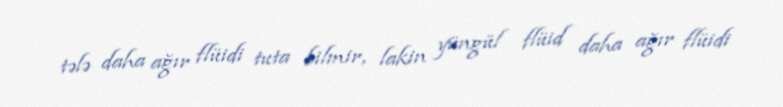
tələ daha ağır flüidi tuta bilmir, lakin yüngül flüid daha ağır flüidi